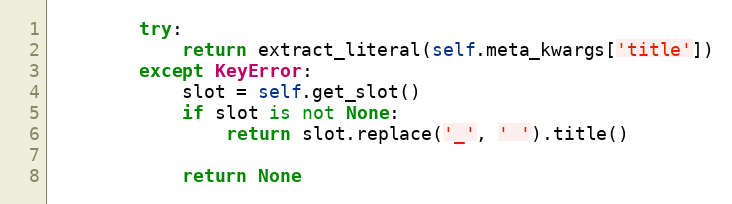
Language: Python
        try:
            return extract_literal(self.meta_kwargs['title'])
        except KeyError:
            slot = self.get_slot()
            if slot is not None:
                return slot.replace('_', ' ').title()

            return None